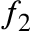
f _ { 2 }